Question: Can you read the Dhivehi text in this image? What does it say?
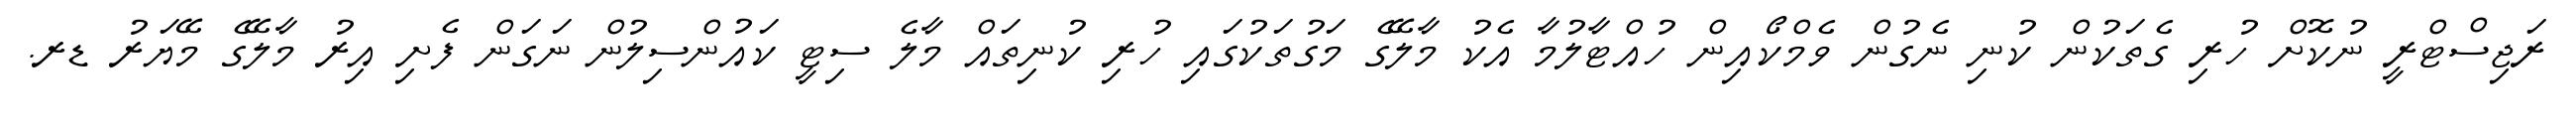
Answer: ރަޖިސްޓްރީ ނުކޮށް ހުރި ގެތަކުން ކުނި ނެގުން ވެމްކޯއިން ހުއްޓާލުމާ އެކު މާލޭގެ މަގުތަކުގައި ހުރި ކުނިތައް މާލެ ސިޓީ ކައުންސިލުން ނަގަން ފެށި އިރު މާލޭގެ މޭޔަރު ޑރ.